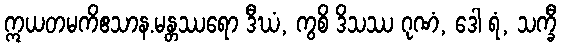
ဣယတမကိဧသာန.မန္တဿရော ဒီဃံ, ကွစိ ဒိသဿ ဂုဏံ, ဒေါ ရံ, သက္ခီ